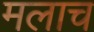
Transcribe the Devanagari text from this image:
मलाच